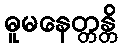
ဓူမနေတ္တန္တိ